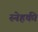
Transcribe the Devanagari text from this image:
स्नेहकी